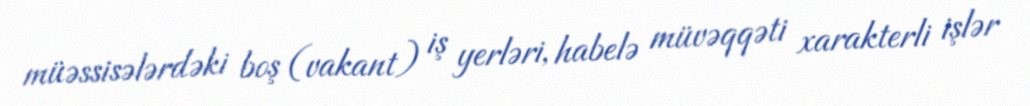
müəssisələrdəki boş (vakant) iş yerləri, habelə müvəqqəti xarakterli işlər